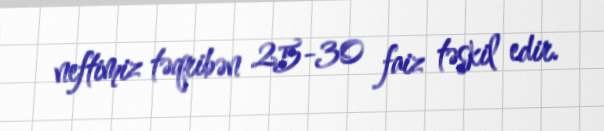
neftimiz təqribən 25-30 faiz təşkil edir.